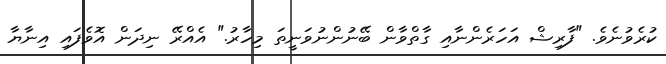
ކުރެވުނެވެ. "ފާރިޝް އަހަރެންނާއި ގާތްވާން ބޭނުންނުވަނީތަ މިހާރު." އެއްރޭ ނިދަން އޮވެފައި އިނާޔާ